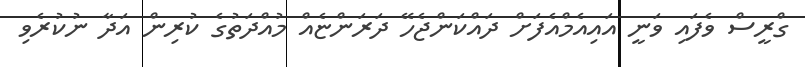
ގްރީސް ވެފައި ވަނީ އައިއެމްއެފަށް ދައްކަންޖެހޭ ދަރަންޏެއް މުއްދަތުގެ ކުރިން އަދާ ނުކުރެވި